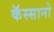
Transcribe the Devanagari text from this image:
कॅस्सानो